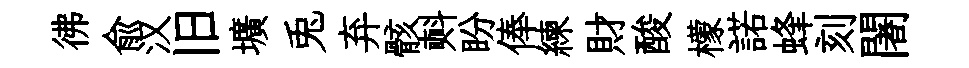
彿兪汉旧壙兎弃骸㪺盼俸練財酸檬諾蜂刻闍